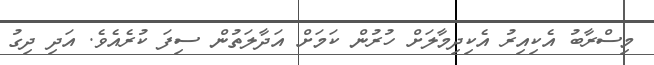
މިސްރާބު އެކިއިރު އެކިދިމާލަށް ހުރުން ކަމަށް އަދާލަތުން ސިފަ ކުރެއެވެ. އަދި ދިގު